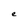
Character: e